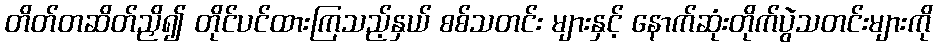
တိတ်တဆိတ်ညှိ၍ တိုင်ပင်ထားကြသည့်နှယ် စစ်သတင်း များနှင့် နောက်ဆုံးတိုက်ပွဲသတင်းများကို